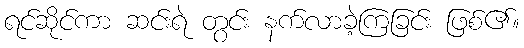
ရင်ဆိုင်ကာ ဆင်းရဲ တွင်း နက်လာခဲ့ကြခြင်း ဖြစ်၏။